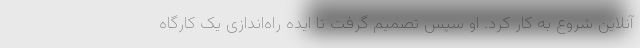
آنلاین شروع به کار کرد. او سپس تصمیم گرفت تا ایده راه‌اندازی یک کارگاه